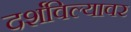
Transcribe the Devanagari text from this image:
दर्शविल्यावर